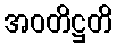
အဝတိဋ္ဌတိ